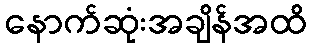
နောက်ဆုံးအချိန်အထိ